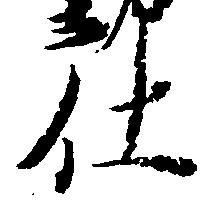
仕